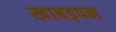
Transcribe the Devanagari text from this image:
खाबड़पन